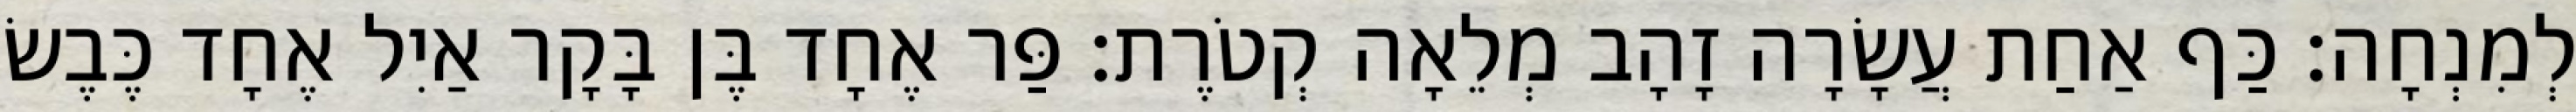
לְמִנְחָה׃ כַּף אַחַת עֲשָׂרָה זָהָב מְלֵאָה קְטֹרֶת׃ פַּר אֶחָד בֶּן בָּקָר אַיִל אֶחָד כֶּבֶשׂ